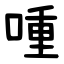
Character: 喠